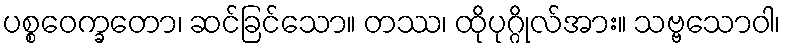
ပစ္စဝေက္ခတော၊ ဆင်ခြင်သော။ တဿ၊ ထိုပုဂ္ဂိုလ်အား။ သဗ္ဗသောဝါ၊